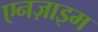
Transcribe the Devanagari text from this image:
एनज़ाइम